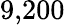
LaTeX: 9{,}200